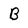
Character: B